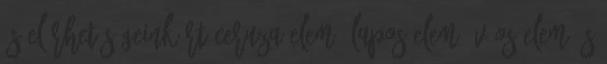
és elérhetőségeinkért Ceruza elem, lapos elem 9V-os elem és